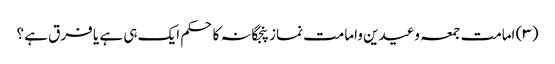
(۳) امامت جمعہ وعیدین وامامت نماز پنجگانہ کا حکم ایک ہی ہے یا فرق ہے ؟